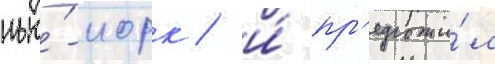
нью́-иорк / и́ пр'едложи́л